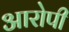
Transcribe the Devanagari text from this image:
अारोपी